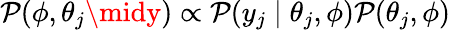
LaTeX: \mathcal{P}(\phi,\theta_{j}\midy)\propto\mathcal{P}(y_{j}\mid\theta_{j},\phi)\mathcal{P}(\theta_{j},\phi)